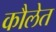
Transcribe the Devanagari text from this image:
कौलेत